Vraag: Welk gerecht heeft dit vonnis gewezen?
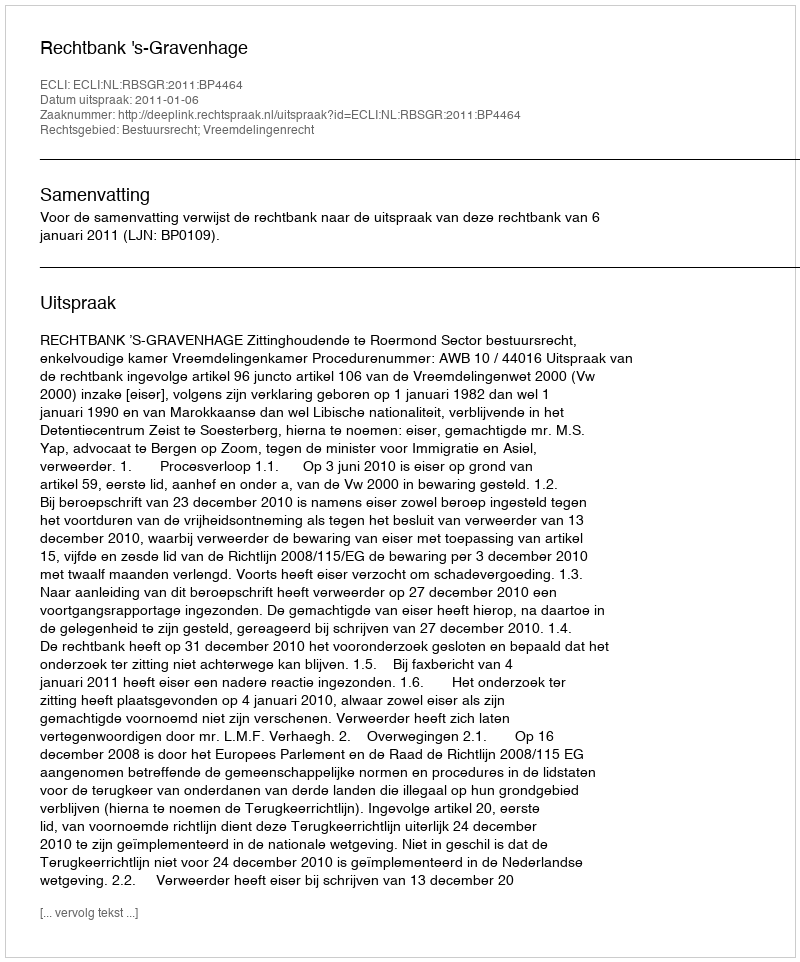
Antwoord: Rechtbank 's-Gravenhage